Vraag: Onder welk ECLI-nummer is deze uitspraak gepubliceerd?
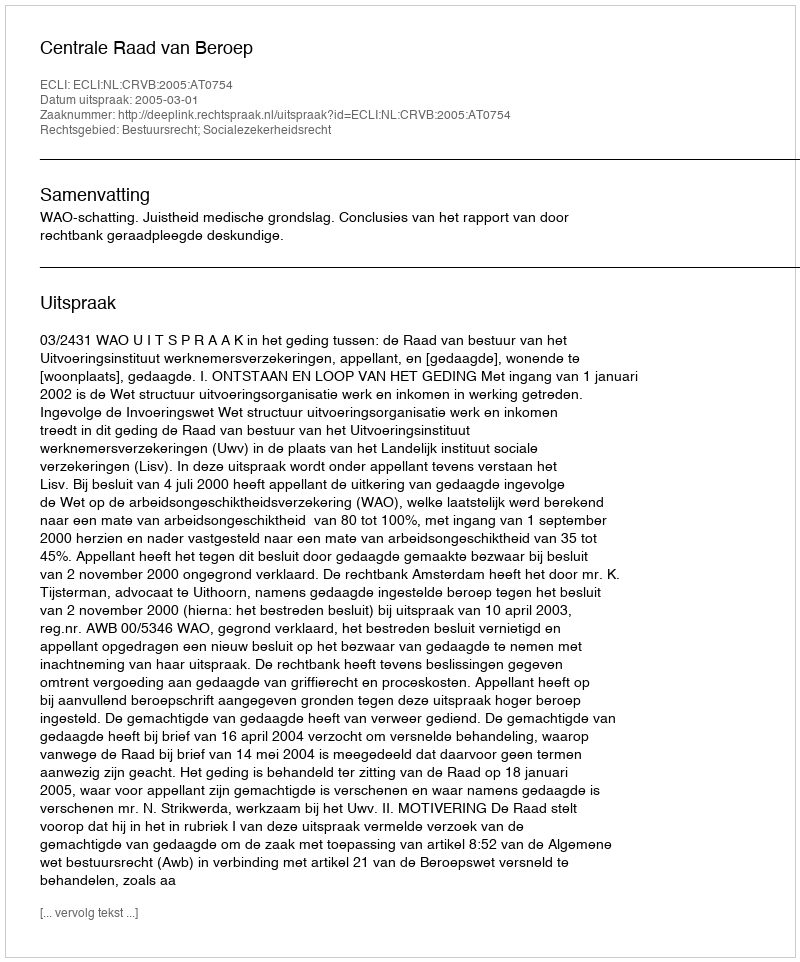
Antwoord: ECLI:NL:CRVB:2005:AT0754